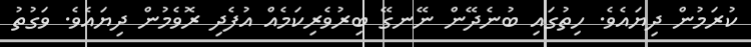
ކުރަމުން ދިޔައެވެ. ހިތުގައި ބުނެދޭން ނޭނގޭ ބިރުވެރިކަމެއް އުފެދި ރޮވެމުން ދިޔައެވެ. ވަގުތު